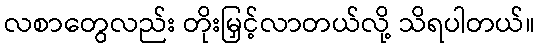
လစာတွေလည်း တိုးမြှင့်လာတယ်လို့ သိရပါတယ်။